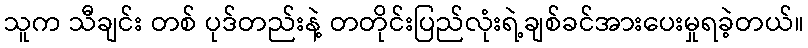
သူက သီချင်း တစ် ပုဒ်တည်းနဲ့ တတိုင်းပြည်လုံးရဲ့ချစ်ခင်အားပေးမှုရခဲ့တယ်။